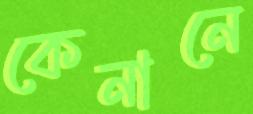
কেনানে